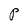
Character: P